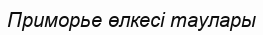
Приморье өлкесі таулары